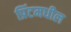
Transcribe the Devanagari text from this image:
प्रिंटमधील